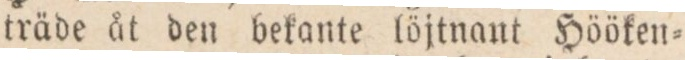
träde åt den bekante löjtnant Hööken=